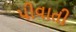
પીવાતી